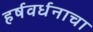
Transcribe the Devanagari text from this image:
हर्षवर्धनाचा